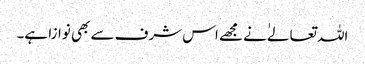
اللہ تعالےٰ نے مجھے اس شرف سے بھی نوازا ہے۔